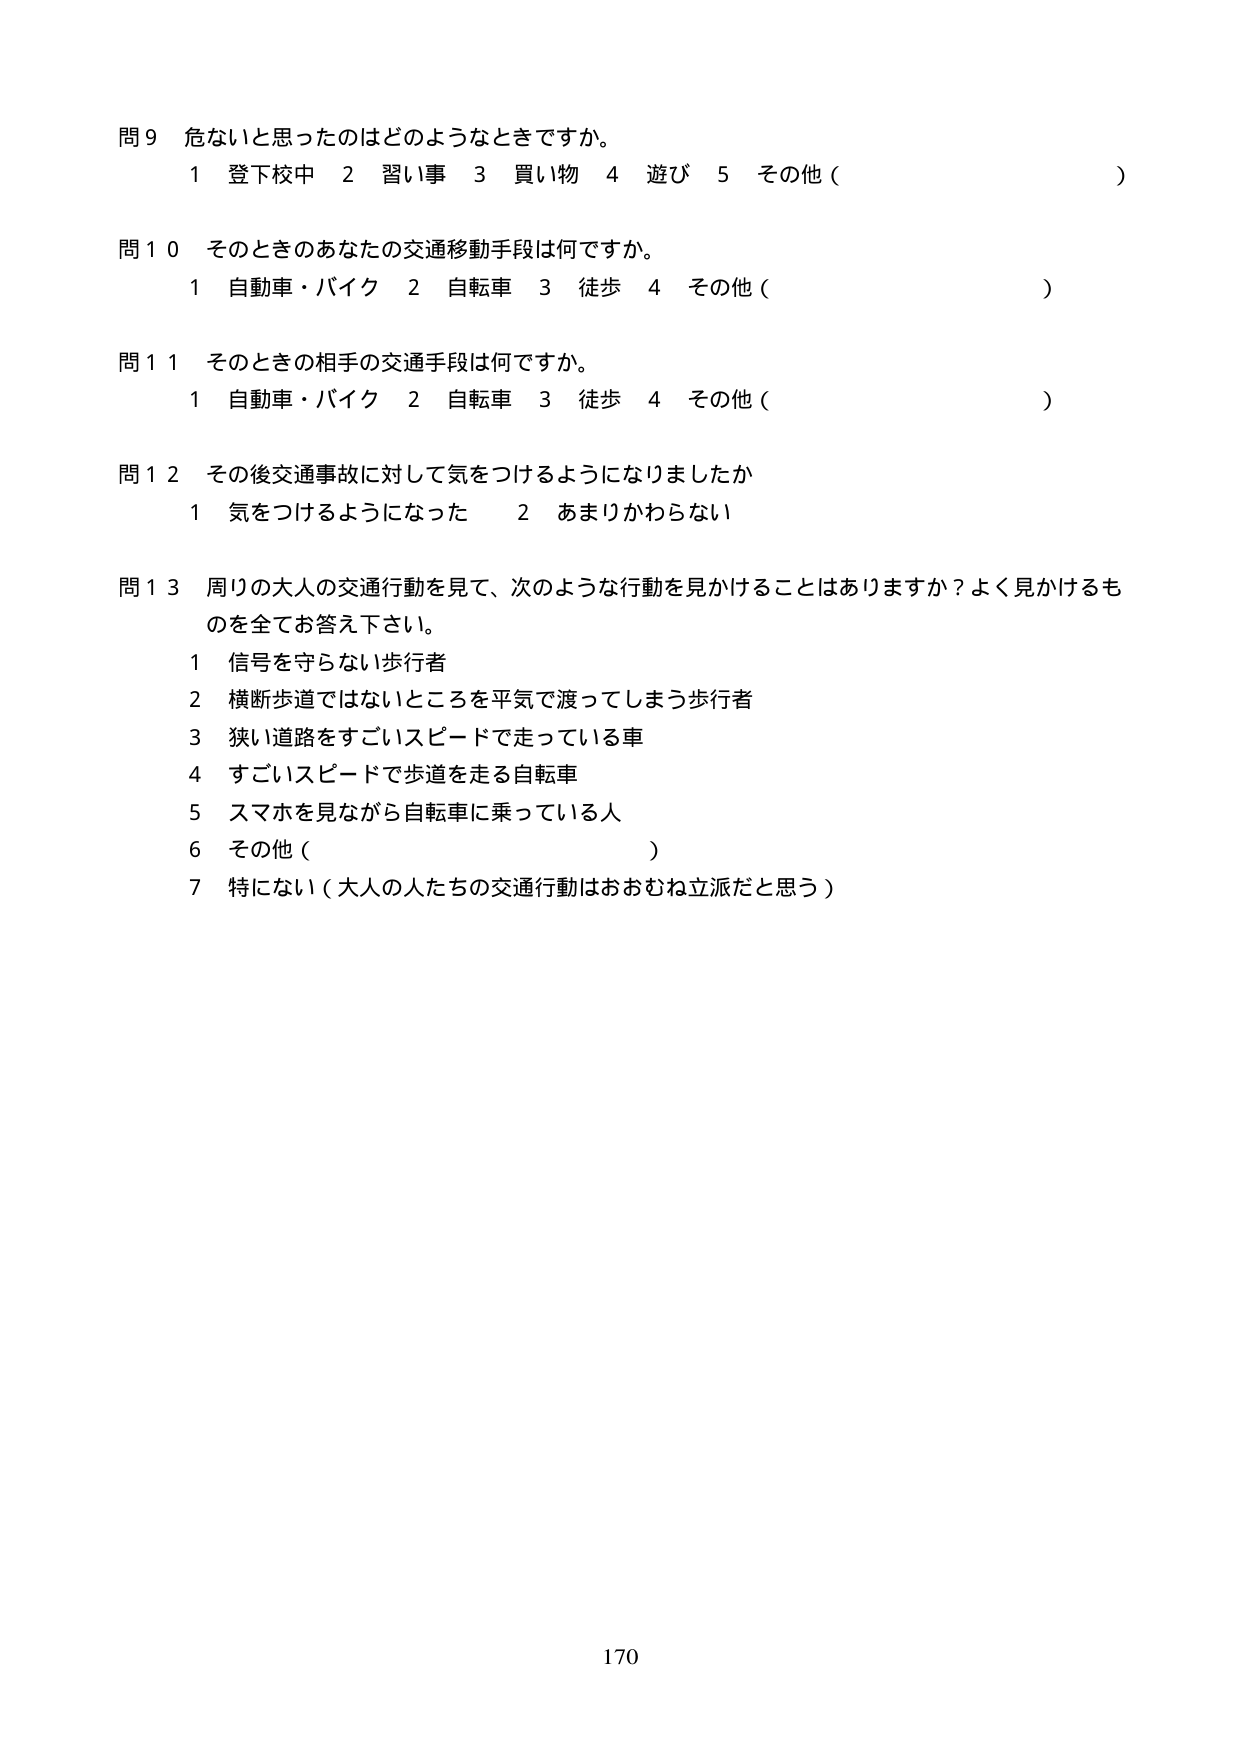
問９ 危ないと思ったのはどのようなときですか。
１ 登下校中 ２ 習い事 ３ 買い物 ４ 遊び ５ その他（ ）

問１０ そのときのあなたの交通移動手段は何ですか。
１ 自動車・バイク ２ 自転車 ３ 徒歩 ４ その他（ ）

問１１ そのときの相手の交通手段は何ですか。
１ 自動車・バイク ２ 自転車 ３ 徒歩 ４ その他（ ）

問１２ その後交通事故に対して気をつけるようになりましたか
１ 気をつけるようになった ２ あまりかわらない

問１３ 周りの大人の交通行動を見て、次のような行動を見かけることはありますか？よく見かけるものを全てお答え下さい。
１ 信号を守らない歩行者
２ 横断歩道ではないところを平気で渡ってしまう歩行者
３ 狭い道路をすごいスピードで走っている車
４ すごいスピードで歩道を走る自転車
５ スマホを見ながら自転車に乗っている人
６ その他（ ）
７ 特にない（大人の人たちの交通行動はおおむね立派だと思う）

170